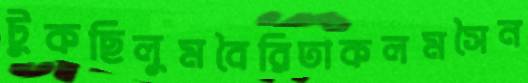
টুকছিলুমবৈরিতাকলমসৈন